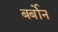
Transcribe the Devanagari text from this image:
बर्बोन